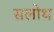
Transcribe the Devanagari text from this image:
सलोथ